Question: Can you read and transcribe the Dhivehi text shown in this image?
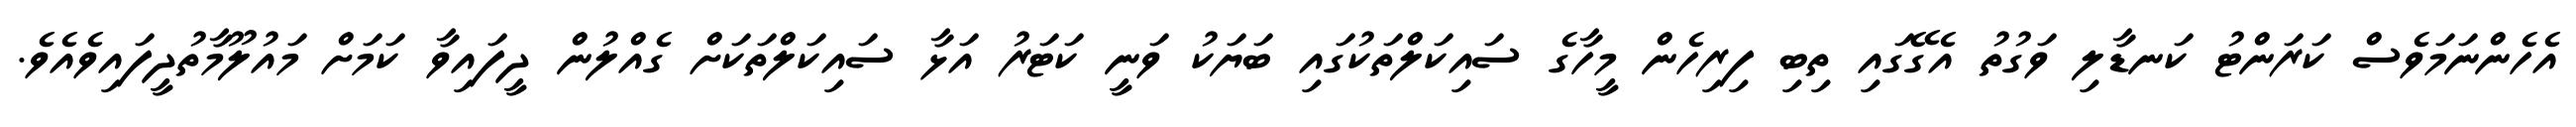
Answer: އެހެންނަމަވެސް ކަރަންޓު ކަނޑާލި ވަގުތު އެގޭގައި ތިބި ފިރިހެން މީހާގެ ސައިކަލްތަކުގައި ބަޔަކު ވަނީ ކަޓަރު އަޅާ ސައިކަލްތަކަށް ގެއްލުން ދީފައިވާ ކަމަށް މައުލޫމާތުދީފައިވެއެވެ.